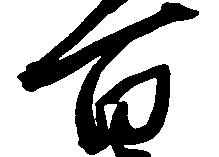
百